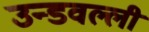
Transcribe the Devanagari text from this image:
उन्डवल्ली